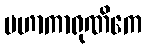
မဟာကာရုဏိကေ